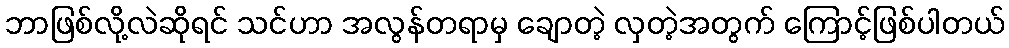
ဘာဖြစ်လို့လဲဆိုရင် သင်ဟာ အလွန်တရာမှ ချောတဲ့ လှတဲ့အတွက် ကြောင့်ဖြစ်ပါတယ်